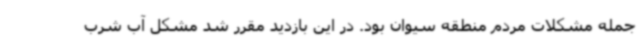
جمله مشکلات مردم منطقه سیوان بود. در این بازدید مقرر شد مشکل آب شرب